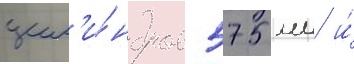
цил'и́ндров 575 мм и́